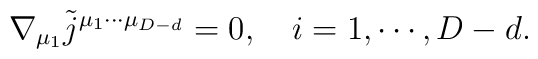
\nabla _{\mu _1}\tilde j^{\mu _1\cdots \mu _{D-d}}=0,\quad i=1,\cdots ,D-d.